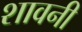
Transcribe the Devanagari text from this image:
शावनी